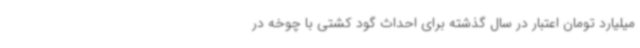
میلیارد تومان اعتبار در سال گذشته برای احداث گود کشتی با چوخه در